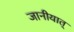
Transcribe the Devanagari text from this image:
जानीयात्